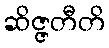
ဆိဇ္ဇတီတိ